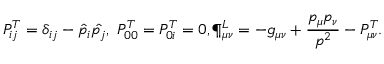
P _ { i j } ^ { T } = \delta _ { i j } - \hat { p _ { i } } \hat { p _ { j } } , \ P _ { 0 0 } ^ { T } = P _ { 0 i } ^ { T } = 0 , \P _ { \mu \nu } ^ { L } = - g _ { \mu \nu } + { \frac { p _ { \mu } p _ { \nu } } { p ^ { 2 } } } - P _ { \mu \nu } ^ { T } .